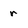
Character: r